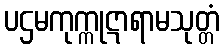
ပဌမကုက္ကုဋာရာမသုတ္တံ